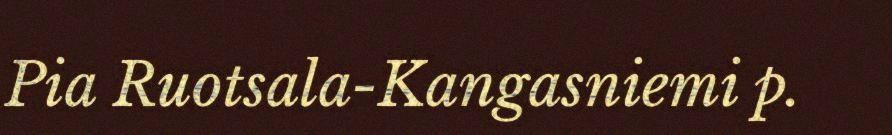
Pia Ruotsala-Kangasniemi p.